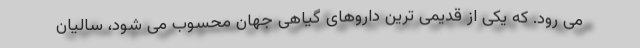
می رود. که یکی از قدیمی ترین داروهای گیاهی جهان محسوب می شود، سالیان